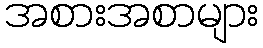
အစားအစာများ